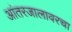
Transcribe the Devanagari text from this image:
आंतरजालावरचा